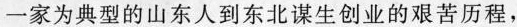
一家为典型的山东人到东北谋生创业的艰苦历程，